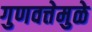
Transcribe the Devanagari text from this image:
गुणवत्तेमुळे